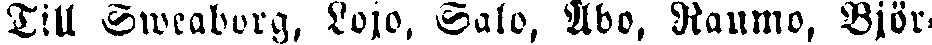
Till Sweaborg, Lojo, Salo, Åbo, Raumo, Björ-